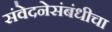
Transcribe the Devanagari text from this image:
संवेदनेसंबंधीचा